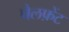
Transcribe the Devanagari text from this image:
चैलफ़ेंट